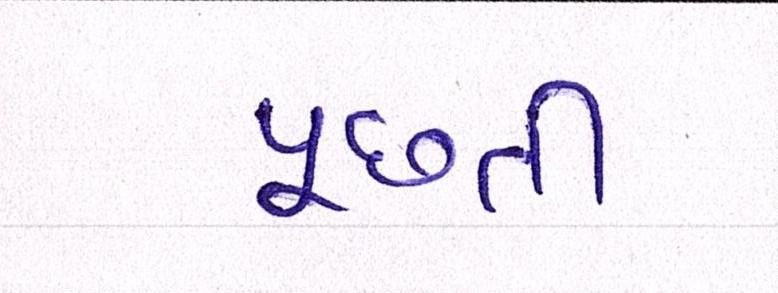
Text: પૂછતી